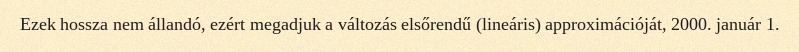
Ezek hossza nem állandó, ezért megadjuk a változás elsőrendű (lineáris) approximációját, 2000. január 1.